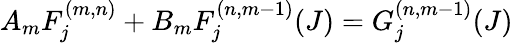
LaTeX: A_{m}F_{j}^{(m,n)}+B_{m}F_{j}^{(n,m-1)}(J)=G_{j}^{(n,m-1)}(J)